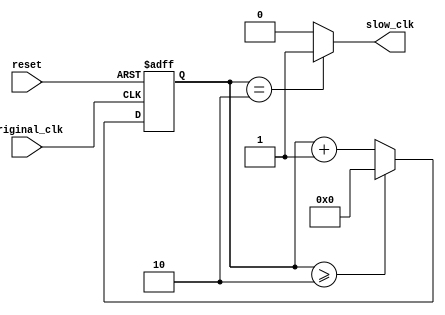
// This program was cloned from: https://github.com/wongmatthew73/tt06-mw-pmic
// License: Apache License 2.0

`default_nettype none

module slow_clk(
    input reset,
    input original_clk,
    output slow_clk
    );
    
    parameter CLOCKCOUNT = 2;
    reg [36:0] counter;

    always @(posedge original_clk or posedge reset) begin
    	if(reset == 1) begin
    	    counter <= 0;
        end
    	else begin
    	    if(counter >= CLOCKCOUNT) begin
                counter <= 0;
            end
            else begin
                counter <= counter + 1;
            end
    	end

    end
    assign slow_clk = (counter == CLOCKCOUNT) ? 1 : 0;
    
endmodule